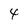
Character: 4